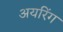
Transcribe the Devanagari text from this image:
अयरिंग